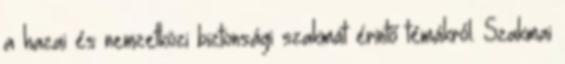
a hazai és nemzetközi biztonsági szakmát érintő témákról. Szakmai